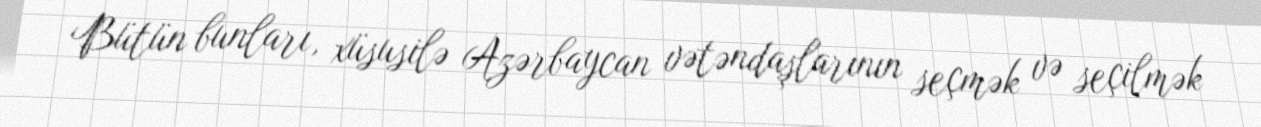
Bütün bunları, xüsusilə Azərbaycan vətəndaşlarının seçmək və seçilmək